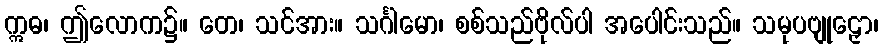
ဣဓ၊ ဤလောက၌။ တေ၊ သင်အား။ သင်္ဂါမော၊ စစ်သည်ဗိုလ်ပါ အပေါင်းသည်။ သမုပဗျုဠှော၊